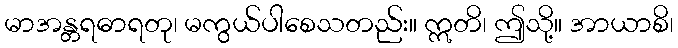
မာအန္တရဓာရတု၊ မကွယ်ပါစေသတည်း။ ဣတိ၊ ဤသို့။ အာယာစိ၊